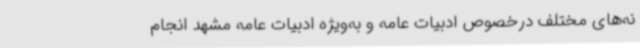
نه‌های مختلف درخصوص ادبیات عامه و به‌ویژه ادبیات عامه مشهد انجام